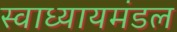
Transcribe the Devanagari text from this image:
स्वाध्यायमंडल